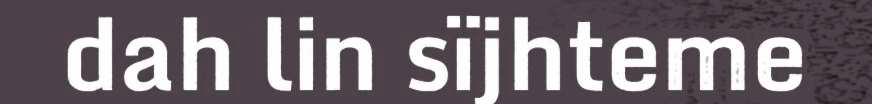
dah lin sïjhteme